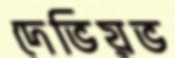
দেভিয়ভ